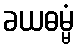
ခယဓမ္မံ